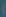
)